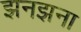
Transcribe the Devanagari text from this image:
झनझना